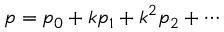
p = p _ { 0 } + k p _ { 1 } + k ^ { 2 } p _ { 2 } + \cdots